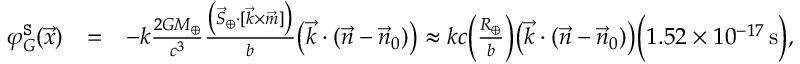
\begin{array} { r l r } { \varphi _ { G } ^ { \tt S } ( \vec { x } ) } & { = } & { - k \frac { 2 G M _ { \oplus } } { c ^ { 3 } } \frac { \big ( { \vec { S } } _ { \oplus } \cdot [ { \vec { k } } \times \vec { m } ] \big ) } { b } \big ( \vec { k } \cdot ( \vec { n } - \vec { n } _ { 0 } ) \big ) \approx k c \Big ( \frac { R _ { \oplus } } { b } \Big ) \big ( \vec { k } \cdot ( \vec { n } - \vec { n } _ { 0 } ) \big ) \Big ( 1 . 5 2 \times 1 0 ^ { - 1 7 } \, \mathrm { s } \Big ) , } \end{array}